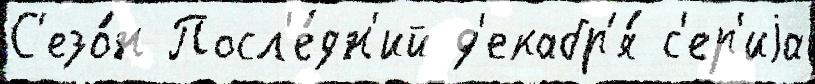
С'езо́н Посл'е́дн'ий д'екабр'я́ с'ер'иjа